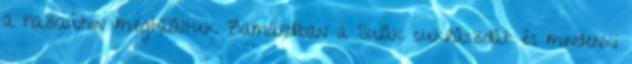
a hazaúton megtaláltuk Zamárdiban a Sulák cukrászdát és mindenki